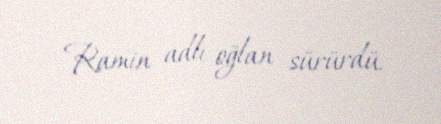
Ramin adlı oğlan sürürdü.